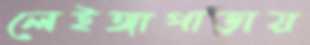
লেইঙ্গাপাড়ায়